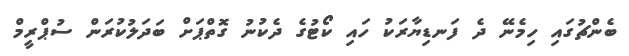
ބެންޗުގައި ހިމެނޭ ދެ ފަނޑިޔާރަކު ހައި ކޯޓުގެ ދެކުނު ގޮތްޕަށް ބަދަލުކުރަން ސުޕްރީމް